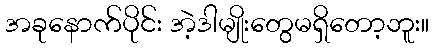
အခုနောက်ပိုင်း အဲ့ဒါမျိုးတွေမရှိတော့ဘူး။